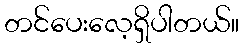
တင်ပေးလေ့ရှိပါတယ်။